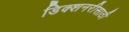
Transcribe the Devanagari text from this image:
डिक्शनरीसाठी